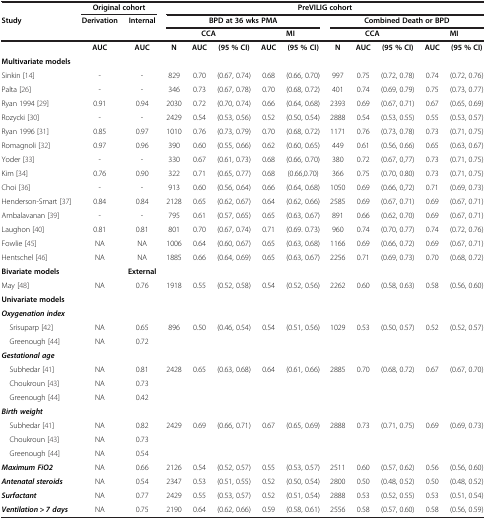
<table><thead><tr><td><b> </b></td><td colspan="2"><b>Original cohort</b></td><td colspan="10"><b>PreVILIG cohort</b></td></tr><tr><td><b>Study</b></td><td><b>Derivation</b></td><td><b>Internal</b></td><td colspan="5"><b>BPD at 36 wks PMA</b></td><td colspan="5"><b>Combined Death or BPD</b></td></tr><tr><td><b> </b></td><td><b> </b></td><td><b> </b></td><td colspan="3"><b>CCA</b></td><td colspan="2"><b>MI</b></td><td colspan="3"><b>CCA</b></td><td colspan="2"><b>MI</b></td></tr></thead><tbody><tr><td> </td><td><b>AUC</b></td><td><b>AUC</b></td><td><b>N</b></td><td><b>AUC</b></td><td><b>(95 % CI)</b></td><td><b>AUC</b></td><td><b>(95 % CI)</b></td><td><b>N</b></td><td><b>AUC</b></td><td><b>(95 % CI)</b></td><td><b>AUC</b></td><td><b>(95 % CI)</b></td></tr><tr><td><b>Multivariate models</b></td><td> </td><td> </td><td> </td><td> </td><td> </td><td> </td><td> </td><td> </td><td> </td><td> </td><td> </td><td> </td></tr><tr><td>Sinkin [14]</td><td>-</td><td>-</td><td>829</td><td>0.70</td><td>(0.67, 0.74)</td><td>0.68</td><td>(0.66, 0.70)</td><td>997</td><td>0.75</td><td>(0.72, 0.78)</td><td>0.74</td><td>(0.72, 0.76)</td></tr><tr><td>Palta [26]</td><td>-</td><td>-</td><td>346</td><td>0.73</td><td>(0.67, 0.78)</td><td>0.70</td><td>(0.68, 0.72)</td><td>401</td><td>0.74</td><td>(0.69, 0.79)</td><td>0.75</td><td>(0.73, 0.77)</td></tr><tr><td>Ryan 1994 [29]</td><td>0.91</td><td>0.94</td><td>2030</td><td>0.72</td><td>(0.70, 0.74)</td><td>0.66</td><td>(0.64, 0.68)</td><td>2393</td><td>0.69</td><td>(0.67, 0.71)</td><td>0.67</td><td>(0.65, 0.69)</td></tr><tr><td>Rozycki [30]</td><td>-</td><td>-</td><td>2429</td><td>0.54</td><td>(0.53, 0.56)</td><td>0.52</td><td>(0.50, 0.54)</td><td>2888</td><td>0.54</td><td>(0.53, 0.55)</td><td>0.55</td><td>(0.53, 0.57)</td></tr><tr><td>Ryan 1996 [31]</td><td>0.85</td><td>0.97</td><td>1010</td><td>0.76</td><td>(0.73, 0.79)</td><td>0.70</td><td>(0.68, 0.72)</td><td>1171</td><td>0.76</td><td>(0.73, 0.78)</td><td>0.73</td><td>(0.71, 0.75)</td></tr><tr><td>Romagnoli [32]</td><td>0.97</td><td>0.96</td><td>390</td><td>0.60</td><td>(0.55, 0.66)</td><td>0.62</td><td>(0.60, 0.65)</td><td>449</td><td>0.61</td><td>(0.56, 0.66)</td><td>0.65</td><td>(0.63, 0.67)</td></tr><tr><td>Yoder [33]</td><td>-</td><td>-</td><td>330</td><td>0.67</td><td>(0.61, 0.73)</td><td>0.68</td><td>(0.66, 0.70)</td><td>380</td><td>0.72</td><td>(0.67, 0,77)</td><td>0.73</td><td>(0.71, 0.75)</td></tr><tr><td>Kim [34]</td><td>0.76</td><td>0.90</td><td>322</td><td>0.71</td><td>(0.65, 0.77)</td><td>0.68</td><td>(0.66,0.70)</td><td>366</td><td>0.75</td><td>(0.70, 0.80)</td><td>0.73</td><td>(0.71, 0.75)</td></tr><tr><td>Choi [36]</td><td>-</td><td>-</td><td>913</td><td>0.60</td><td>(0.56, 0.64)</td><td>0.66</td><td>(0.64, 0.68)</td><td>1050</td><td>0.69</td><td>(0.66, 0,72)</td><td>0.71</td><td>(0.69, 0.73)</td></tr><tr><td>Henderson-Smart [37]</td><td>0.84</td><td>0.84</td><td>2128</td><td>0.65</td><td>(0.62, 0.67)</td><td>0.64</td><td>(0.62, 0.66)</td><td>2585</td><td>0.69</td><td>(0.67, 0.71)</td><td>0.69</td><td>(0.67, 0.71)</td></tr><tr><td>Ambalavanan [39]</td><td>-</td><td>-</td><td>795</td><td>0.61</td><td>(0.57, 0.65)</td><td>0.65</td><td>(0.63, 0.67)</td><td>891</td><td>0.66</td><td>(0.62, 0.70)</td><td>0.69</td><td>(0.67, 0.71)</td></tr><tr><td>Laughon [40]</td><td>0.81</td><td>0.81</td><td>801</td><td>0.70</td><td>(0.67, 0.74)</td><td>0.71</td><td>(0.69. 0.73)</td><td>960</td><td>0.74</td><td>(0.70, 0.77)</td><td>0.74</td><td>(0.72, 0.76)</td></tr><tr><td>Fowlie [45]</td><td>NA</td><td>NA</td><td>1006</td><td>0.64</td><td>(0.60, 0.67)</td><td>0.65</td><td>(0.63, 0.68)</td><td>1166</td><td>0.69</td><td>(0.66, 0.72)</td><td>0.69</td><td>(0.67, 0.71)</td></tr><tr><td>Hentschel [46]</td><td>NA</td><td>NA</td><td>1885</td><td>0.66</td><td>(0.64, 0.69)</td><td>0.65</td><td>(0.63, 0.67)</td><td>2256</td><td>0.71</td><td>(0.69, 0.73)</td><td>0.70</td><td>(0.68, 0.72)</td></tr><tr><td><b>Bivariate models</b></td><td> </td><td><b>External</b></td><td> </td><td> </td><td> </td><td> </td><td> </td><td> </td><td> </td><td> </td><td> </td><td> </td></tr><tr><td>May [48]</td><td>NA</td><td>0.76</td><td>1918</td><td>0.55</td><td>(0.52, 0.58)</td><td>0.54</td><td>(0.52, 0.56)</td><td>2262</td><td>0.60</td><td>(0.58, 0.63)</td><td>0.58</td><td>(0.56, 0.60)</td></tr><tr><td><b>Univariate models</b></td><td> </td><td> </td><td> </td><td> </td><td> </td><td> </td><td> </td><td> </td><td> </td><td> </td><td> </td><td> </td></tr><tr><td><b><i>Oxygenation index</i></b></td><td> </td><td> </td><td> </td><td> </td><td> </td><td> </td><td> </td><td> </td><td> </td><td> </td><td> </td><td> </td></tr><tr><td> Srisuparp [42]</td><td>NA</td><td>0.65</td><td rowspan="2">896</td><td rowspan="2">0.50</td><td rowspan="2">(0.46, 0.54)</td><td rowspan="2">0.54</td><td rowspan="2">(0.51, 0.56)</td><td rowspan="2">1029</td><td rowspan="2">0.53</td><td rowspan="2">(0.50, 0.57)</td><td rowspan="2">0.52</td><td rowspan="2">(0.52, 0.57)</td></tr><tr><td> Greenough [44]</td><td>NA</td><td>0.72</td></tr><tr><td><b><i>Gestational age</i></b></td><td> </td><td> </td><td> </td><td> </td><td> </td><td> </td><td> </td><td> </td><td> </td><td> </td><td> </td><td> </td></tr><tr><td> Subhedar [41]</td><td>NA</td><td>0.81</td><td rowspan="3">2428</td><td rowspan="3">0.65</td><td rowspan="3">(0.63, 0.68)</td><td rowspan="3">0.64</td><td rowspan="3">(0.61, 0.66)</td><td rowspan="3">2885</td><td rowspan="3">0.70</td><td rowspan="3">(0.68, 0.72)</td><td rowspan="3">0.67</td><td rowspan="3">(0.67, 0.70)</td></tr><tr><td> Choukroun [43]</td><td>NA</td><td>0.73</td></tr><tr><td> Greenough [44]</td><td>NA</td><td>0.42</td></tr><tr><td><b><i>Birth weight</i></b></td><td> </td><td> </td><td> </td><td> </td><td> </td><td> </td><td> </td><td> </td><td> </td><td> </td><td> </td><td> </td></tr><tr><td> Subhedar [41]</td><td>NA</td><td>0.82</td><td rowspan="3">2429</td><td rowspan="3">0.69</td><td rowspan="3">(0.66, 0.71)</td><td rowspan="3">0.67</td><td rowspan="3">(0.65, 0.69)</td><td rowspan="3">2888</td><td rowspan="3">0.73</td><td rowspan="3">(0.71, 0.75)</td><td rowspan="3">0.69</td><td rowspan="3">(0.69, 0.73)</td></tr><tr><td> Choukroun [43]</td><td>NA</td><td>0.73</td></tr><tr><td> Greenough [44]</td><td>NA</td><td>0.54</td></tr><tr><td><b><i>Maximum FiO2</i></b></td><td>NA</td><td>0.66</td><td>2126</td><td>0.54</td><td>(0.52, 0.57)</td><td>0.55</td><td>(0.53, 0.57)</td><td>2511</td><td>0.60</td><td>(0.57, 0.62)</td><td>0.56</td><td>(0.56, 0.60)</td></tr><tr><td><b><i>Antenatal steroids</i></b></td><td>NA</td><td>0.54</td><td>2347</td><td>0.53</td><td>(0.51, 0.55)</td><td>0.52</td><td>(0.50, 0.54)</td><td>2800</td><td>0.50</td><td>(0.48, 0.52)</td><td>0.50</td><td>(0.48, 0.52)</td></tr><tr><td><b><i>Surfactant</i></b></td><td>NA</td><td>0.77</td><td>2429</td><td>0.55</td><td>(0.53, 0.57)</td><td>0.52</td><td>(0.51, 0.54)</td><td>2888</td><td>0.53</td><td>(0.52, 0.55)</td><td>0.53</td><td>(0.51, 0.54)</td></tr><tr><td><b><i>Ventilation &gt; 7 days</i></b></td><td>NA</td><td>0.75</td><td>2190</td><td>0.64</td><td>(0.62, 0.66)</td><td>0.59</td><td>(0.58, 0.61)</td><td>2556</td><td>0.58</td><td>(0.57, 0.60)</td><td>0.58</td><td>(0.56, 0.59)</td></tr></tbody></table>